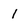
Character: 1